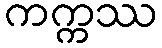
ကက္ကဿ